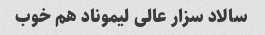
سالاد سزار عالی لیموناد هم خوب